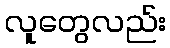
လူတွေလည်း